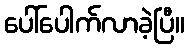
ပေါ်ပေါက်လာခဲ့ပြီ။